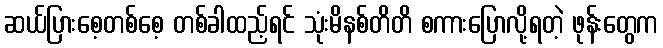
ဆယ်ပြားစေ့တစ်စေ့ တစ်ခါထည့်ရင် သုံးမိနစ်တိတိ စကားပြောလို့ရတဲ့ ဖုန်းတွေက